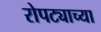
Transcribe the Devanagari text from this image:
रोपट्याच्या